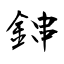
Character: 鋛